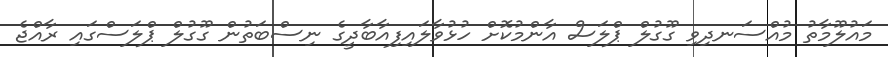
މައުލޫމާތު މުއްސަނދިވި ގޫގުލް ޕްލަސް އާންމުކޮށް ހުޅުވާލައިފިއާބާދީގެ ނިސްބަތުން ގޫގުލް ޕްލަސްގައި ރާއްޖެ